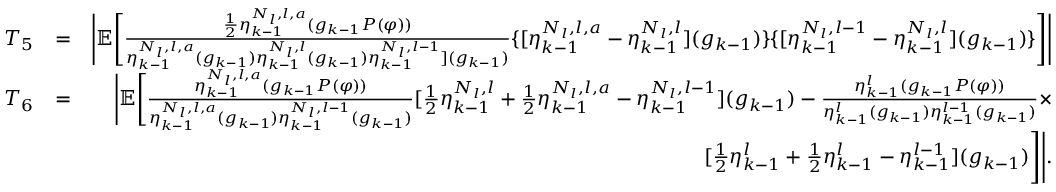
\begin{array} { r l r } { T _ { 5 } } & { = } & { \Bigg | \mathbb { E } \Bigg [ \frac { \frac { 1 } { 2 } \eta _ { k - 1 } ^ { N _ { l } , l , a } ( g _ { k - 1 } P ( \varphi ) ) } { \eta _ { k - 1 } ^ { N _ { l } , l , a } ( g _ { k - 1 } ) \eta _ { k - 1 } ^ { N _ { l } , l } ( g _ { k - 1 } ) \eta _ { k - 1 } ^ { N _ { l } , l - 1 } ] ( g _ { k - 1 } ) } \{ [ \eta _ { k - 1 } ^ { N _ { l } , l , a } - \eta _ { k - 1 } ^ { N _ { l } , l } ] ( g _ { k - 1 } ) \} \{ [ \eta _ { k - 1 } ^ { N _ { l } , l - 1 } - \eta _ { k - 1 } ^ { N _ { l } , l } ] ( g _ { k - 1 } ) \} \Bigg ] \Bigg | } \\ { T _ { 6 } } & { = } & { \Bigg | \mathbb { E } \Bigg [ \frac { \eta _ { k - 1 } ^ { N _ { l } , l , a } ( g _ { k - 1 } P ( \varphi ) ) } { \eta _ { k - 1 } ^ { N _ { l } , l , a } ( g _ { k - 1 } ) \eta _ { k - 1 } ^ { N _ { l } , l - 1 } ( g _ { k - 1 } ) } [ \frac { 1 } { 2 } \eta _ { k - 1 } ^ { N _ { l } , l } + \frac { 1 } { 2 } \eta _ { k - 1 } ^ { N _ { l } , l , a } - \eta _ { k - 1 } ^ { N _ { l } , l - 1 } ] ( g _ { k - 1 } ) - \frac { \eta _ { k - 1 } ^ { l } ( g _ { k - 1 } P ( \varphi ) ) } { \eta _ { k - 1 } ^ { l } ( g _ { k - 1 } ) \eta _ { k - 1 } ^ { l - 1 } ( g _ { k - 1 } ) } \times } \\ & { } & { [ \frac { 1 } { 2 } \eta _ { k - 1 } ^ { l } + \frac { 1 } { 2 } \eta _ { k - 1 } ^ { l } - \eta _ { k - 1 } ^ { l - 1 } ] ( g _ { k - 1 } ) \Bigg ] \Bigg | . } \end{array}